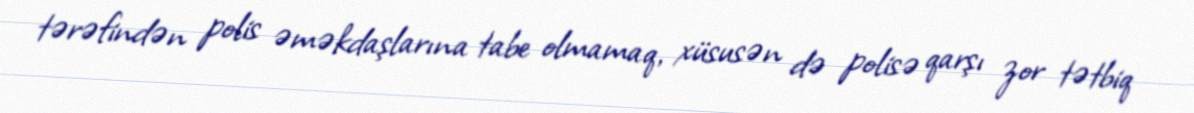
tərəfindən polis əməkdaşlarına tabe olmamaq, xüsusən də polisə qarşı zor tətbiq